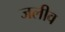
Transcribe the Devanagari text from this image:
जलीव